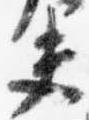
夫